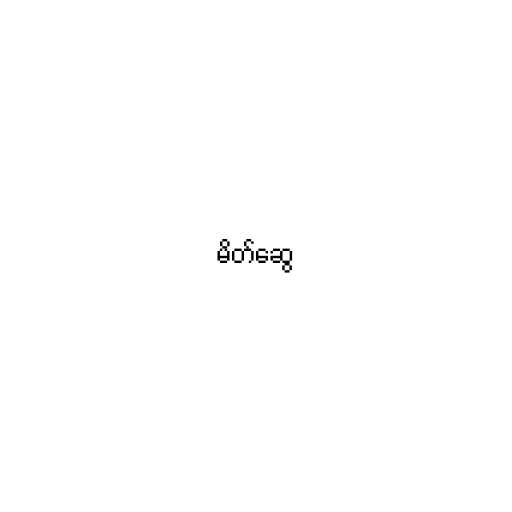
မိတ်ဆွေ